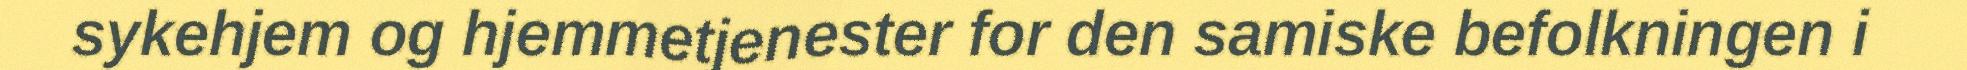
sykehjem og hjemmetjenester for den samiske befolkningen i